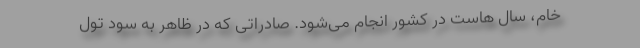
خام، سال هاست در کشور انجام می‌شود. صادراتی که در ظاهر به سود تول